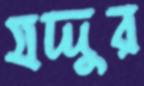
যদ্দুর